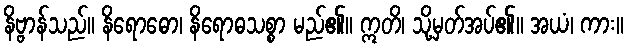
နိဗ္ဗာန်သည်။ နိရောဓော၊ နိရောဓသစ္စာ မည်၏။ ဣတိ၊ သို့မှတ်အပ်၏။ အယံ၊ ကား။